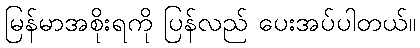
မြန်မာအစိုးရကို ပြန်လည် ပေးအပ်ပါတယ်။